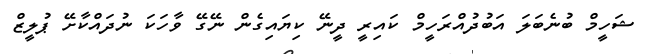
ޝަހީމް ބުނެބަލަ އަބުދުއްރަހީމް ކައިރީ ދީނޭ ކިޔައިގެން ނޭގޭ ވާހަކަ ނުދައްކާށޭ ޕުލީޒް